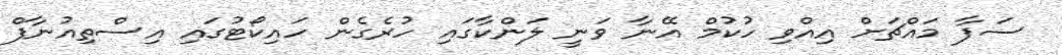
ސަފާ މައްޗަށް އިއްވި ހުކުމް އޭނާ ވަނީ ލަންކާގައި ހުރެގެން ހައިކޯޓުގައި އިސްތިއުނާފް